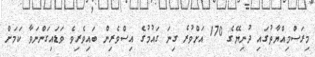
މިރަސްމިއްޔާތުގައި ދުނިޔޭގެ 170 އަށްވުރެ ގިނަ ގައުމުގެ އިސްވެރިން ބައިވެރިވެ ވަޑައިގަންނަވާ ކަމަށް